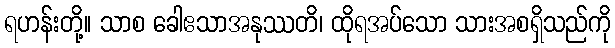
ရဟန်းတို့။ သာစ ခေါဧသာအနုဿတိ၊ ထိုရအပ်သော သားအစရှိသည်ကို